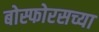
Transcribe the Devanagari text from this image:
बोस्फोरसच्या